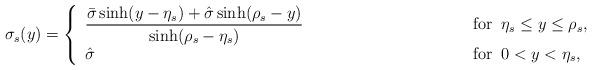
LaTeX: \begin{align*} \sigma_s(y)= \left\{ \begin{array}{ll} \displaystyle {\bar\sigma \sinh (y-\eta_s) +\hat\sigma\sinh(\rho_s-y)\over\sinh(\rho_s-\eta_s)} \qquad\qquad\qquad\qquad\quad\;\; & \mbox{for}\;\;\eta_s\le y\le \rho_s, \\ [0.2 cm] \hat\sigma & \mbox{for}\;\; 0<y<\eta_s, \end{array} \right.\end{align*}